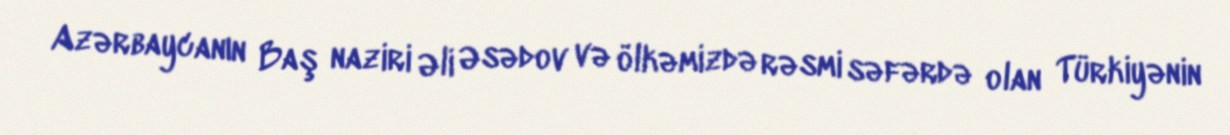
Azərbaycanın Baş naziri Əli Əsədov və ölkəmizdə rəsmi səfərdə olan Türkiyənin